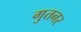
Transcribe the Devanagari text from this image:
गुतनर